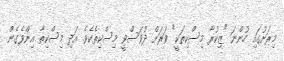
މިރަށުގައި ހުންނަ "ޒިކުރާ މިސްކިތަކީ" ވަރަށް ދުވަސްވީ މިސްކިތެކެވެ. އަދި މިސްކިތާ އިންވެގެން